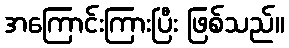
အကြောင်းကြားပြီး ဖြစ်သည်။